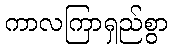
ကာလကြာရှည်စွာ